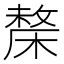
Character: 𣘬